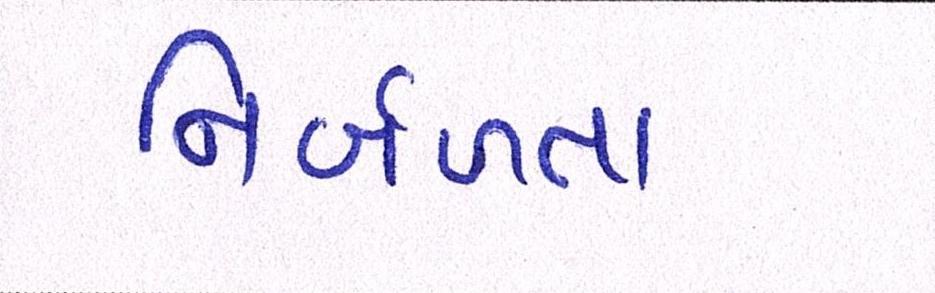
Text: નિર્બળતા